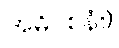
အဓိဝစနံ။)